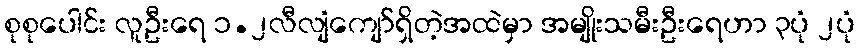
စုစုပေါင်း လူဦးရေ ၁.၂လီလျံကျော်ရှိတဲ့အထဲမှာ အမျိုးသမီးဦးရေဟာ ၃ပုံ ၂ပုံ